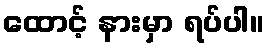
ထောင့် နားမှာ ရပ်ပါ။